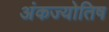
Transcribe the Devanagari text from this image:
अंकज्योतिष